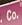
co.